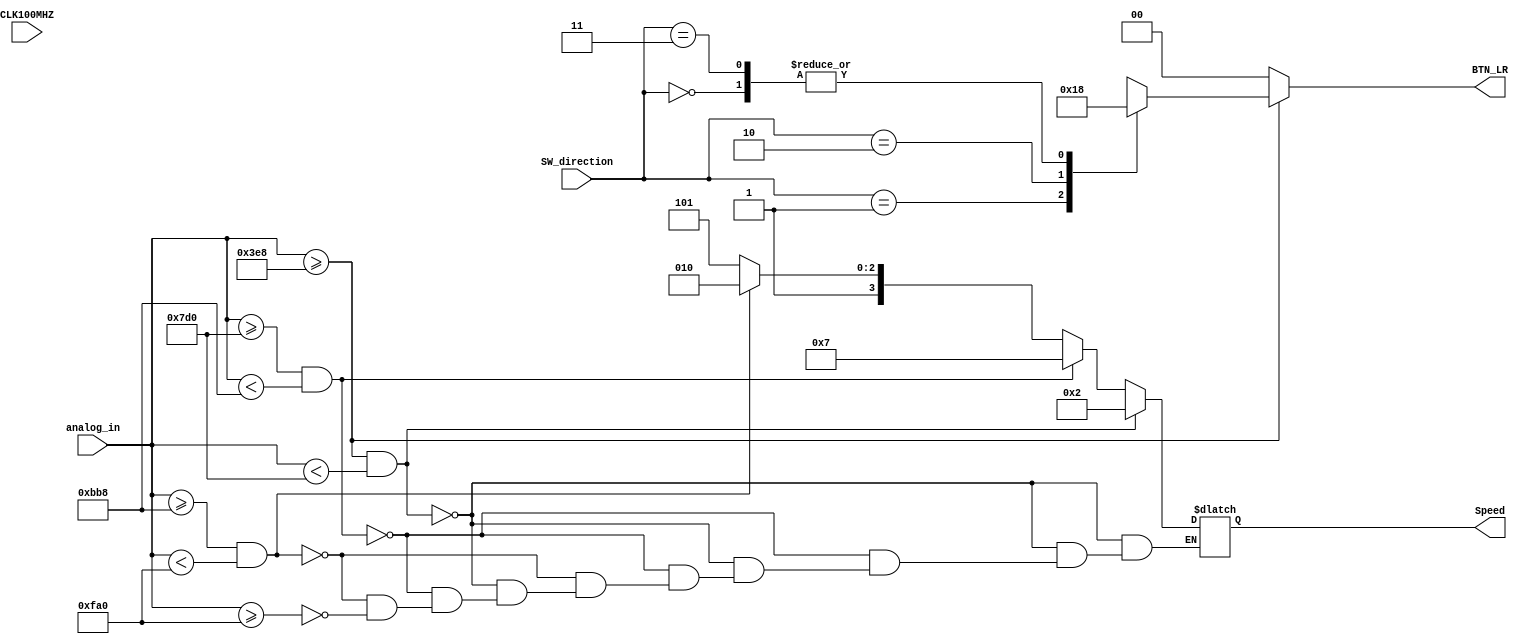
`timescale 1ns / 1ps
//////////////////////////////////////////////////////////////////////////////////
// Company: 
// Engineer: 
// 
// Design Name: 
// Module Name: analog2game
// Project Name: 
// Target Devices: 
// Tool Versions: 
// Description: 
// 
// Dependencies: 
// 
// Revision:
// Revision 0.01 - File Created
// Additional Comments:
// 
//////////////////////////////////////////////////////////////////////////////////


module analog2game(
    input wire CLK100MHZ,
    input wire [11:0]analog_in,
    input wire [1:0]SW_direction,
    output reg [3:0]Speed,
    output reg [1:0]BTN_LR
    );

  always@(*)
     begin
         if(analog_in >= 1000)      // Looks nicer if our max value is 1V instead of .999755
            begin
                case(SW_direction)
                    2'b01: BTN_LR <= 01;
                    2'b10: BTN_LR <= 10;
                    2'b00: BTN_LR <= 00;
                    2'b11: BTN_LR <= 00;
                endcase
            end
        else begin
            BTN_LR <= 00;
            end
        if(analog_in >= 1000 && analog_in < 2000)
            begin
            Speed = 4'b10;
            end
        else if (analog_in >= 2000 && analog_in < 3000)
            begin
            Speed = 4'b111;
            end
        else if (analog_in >= 3000 && analog_in < 4000)
            begin
            Speed = 4'b1010;
            end
        else if (analog_in >= 4000)
            begin
            Speed = 4'b1101;
            end
    end

                 
     
endmodule